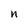
Character: n